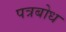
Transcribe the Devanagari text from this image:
पत्रबोध